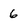
Character: 6